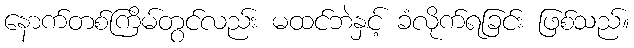
နောက်တစ်ကြိမ်တွင်လည်း မထင်ဘဲနှင့် ခံလိုက်ရခြင်း ဖြစ်သည်။